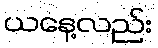
ယနေ့လည်း